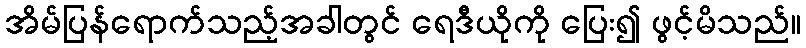
အိမ်ပြန်ရောက်သည့်အခါတွင် ရေဒီယိုကို ပြေး၍ ဖွင့်မိသည်။